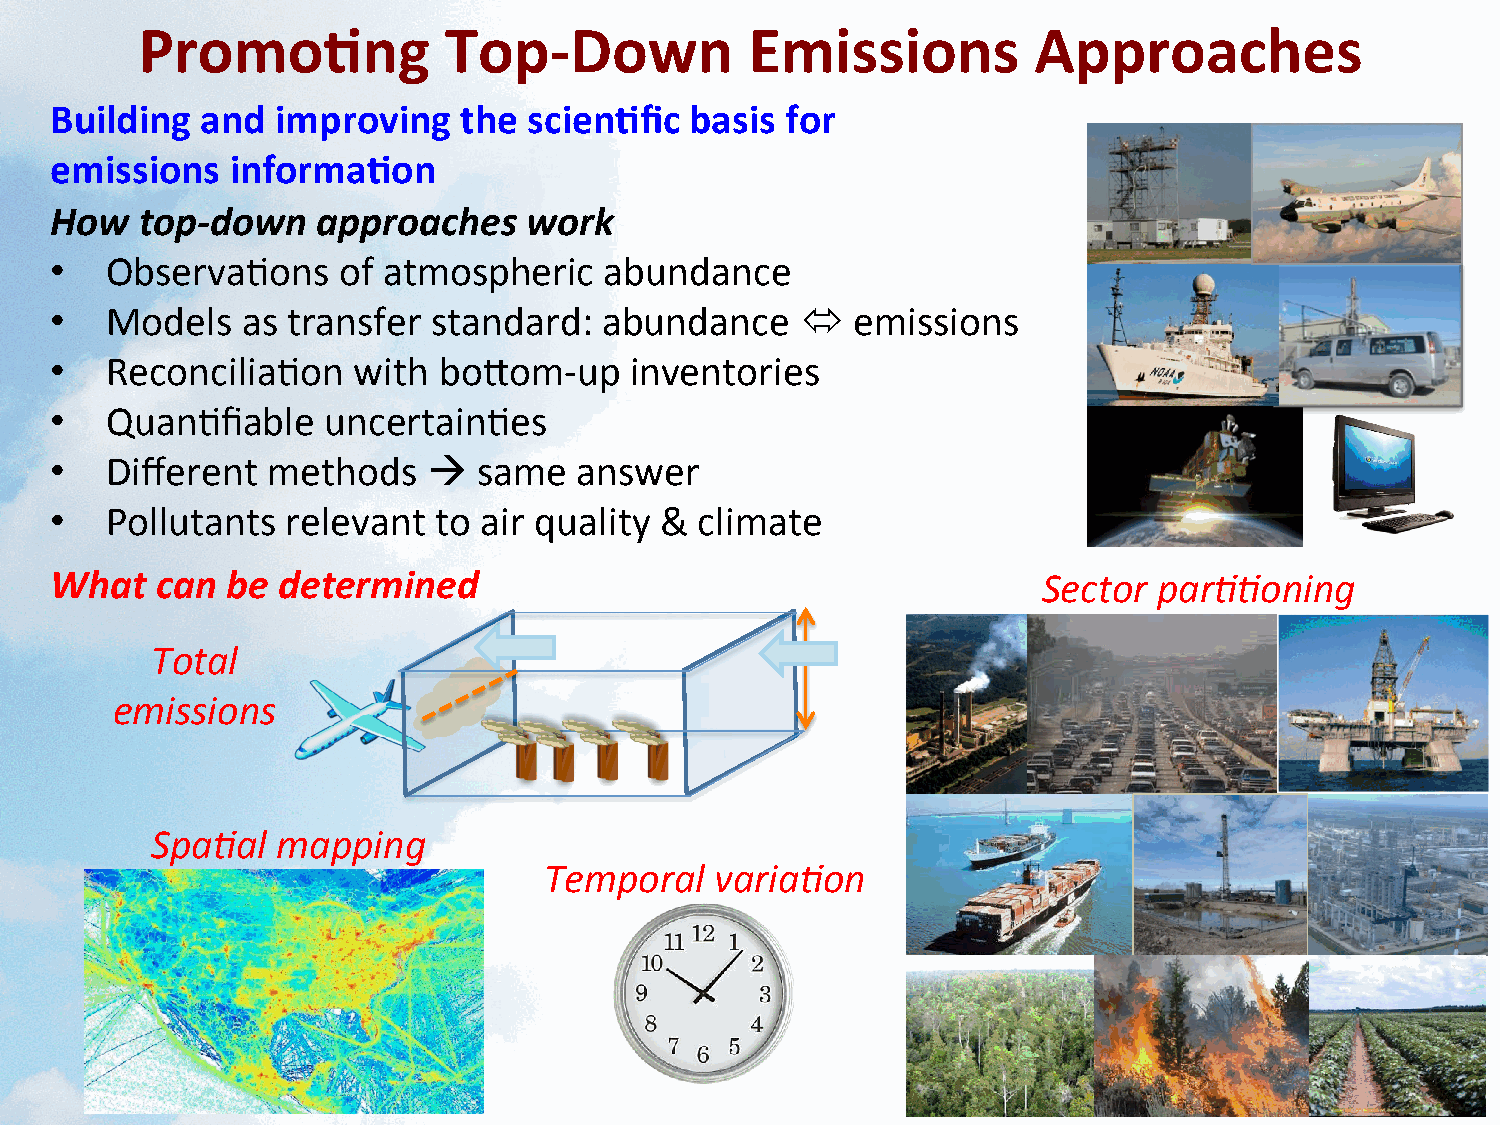
Promo<ng            Top-­‐Down           Emissions         Approaches
 Building  and  improving   the  scien<fic  basis for
 emissions   informa<on
 How   top-­‐down  approaches    work
 •   Observa<ons    of atmospheric    abundance
 •   Models   as transfer  standard:  abundance    !  emissions
 •   Reconcilia<on   with  boPom-­‐up   inventories
 •   Quan<fiable    uncertain<es
 •   Different  methods   "   same  answer
 •   Pollutants  relevant  to air quality & climate
 What   can  be determined                                         Sector  parAAoning
 Total
 emissions
 SpaAal  mapping
 Temporal   variaAon